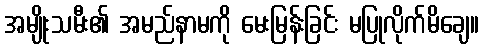
အမျိုးသမီး၏ အမည်နာမကို မေးမြန်းခြင်း မပြုလိုက်မိချေ။